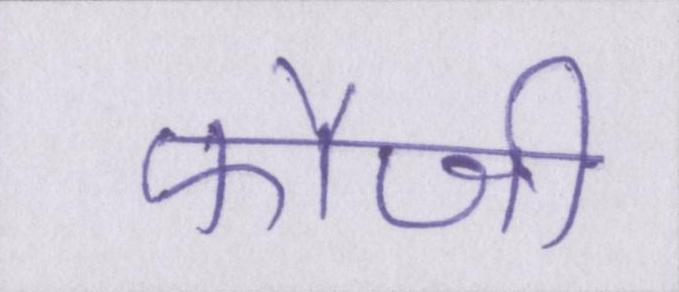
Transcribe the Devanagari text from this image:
फौजी